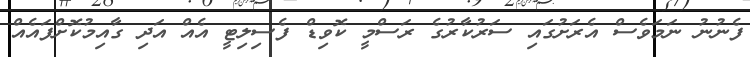
ފެނުނު ނަމަވެސް އެރަށުގައި ސަރުކާރުގެ ރަސްމީ ކޮވިޑް ފެސިލިޓީ އެއް އަދި ގާއިމުކޮށްފައެއް